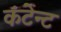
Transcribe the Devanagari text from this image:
कंटेन्ट